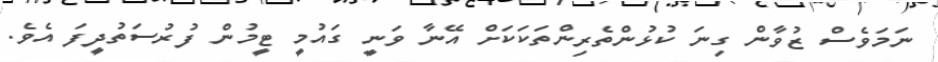
ނަމަވެސް ޒުވާން ގިނަ ކުޅުންތެރިންތަކަކަށް އޭނާ ވަނީ ގައުމީ ޓީމުން ފުރުސަތުދީފަ އެވެ.